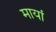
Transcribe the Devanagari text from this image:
मायां